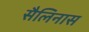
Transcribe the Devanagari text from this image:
सैलिनास